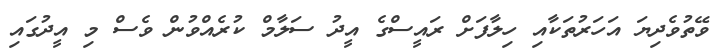
ވޭތުވެދިޔަ އަހަރުތަކާއި ހިލާފަށް ރައީސްގެ އީދު ސަލާމް ކުރެއްވުން ވެސް މި އީދުގައި